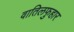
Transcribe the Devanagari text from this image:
वातिलफुहार